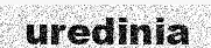
uredinia